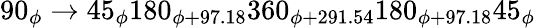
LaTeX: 90_{\phi}\rightarrow 45_{\phi}180_{\phi+97.18}360_{\phi+291.54}180_{\phi+97.18}45_{\phi}